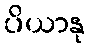
ပိယာနု